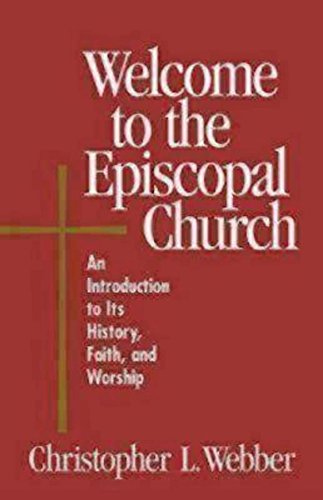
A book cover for Welcome to the Episcopal Church: An Introduction to Its History, Faith, and Worship; Christopher L. Webber; Christian Books & Bibles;